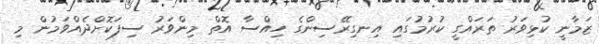
ޒަމާނީ ކުޅިވަރު ތަރައްގީ ކުރުމުގައި އިނގިރޭސިންގެ ހިއްސާ އޮތް މިންވަރު ސިފަކޮށްދެއްވަމުން މި